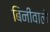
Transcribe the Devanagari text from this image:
बिनीवाले